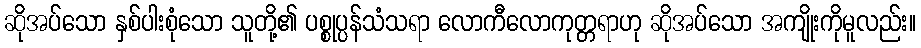
ဆိုအပ်သော နှစ်ပါးစုံသော သူတို့၏ ပစ္စုပ္ပန်သံသရာ လောကီလောကုတ္တရာဟု ဆိုအပ်သော အကျိုးကိုမူလည်း။